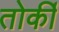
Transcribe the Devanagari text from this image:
तोर्की